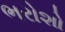
ભરોશો